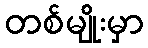
တစ်မျိုးမှာ